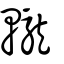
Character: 𨏠